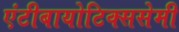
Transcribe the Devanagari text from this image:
एंटीबायोटिक्ससेमी